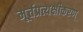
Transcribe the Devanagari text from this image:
मूर्त्तप्रत्यक्षीकरण्